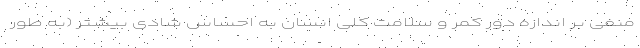
منفی بر اندازه دور کمر و سلامت کلی انسان به احساس شادی بیشتر (به طور